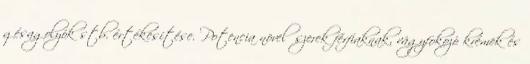
gésagolyók stb. értékesítése. Potencia növelőszerek férfiaknak, vágyfokozó krémek és